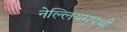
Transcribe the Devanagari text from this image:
नेल्लियमपथी